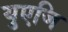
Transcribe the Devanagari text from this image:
युएजि